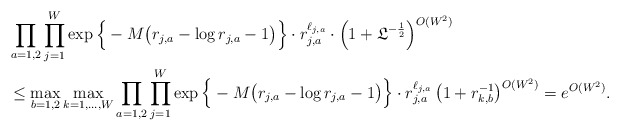
\begin{align*}&\prod_{a=1,2}\prod_{j=1}^W\exp\Big\{-M\big(r_{j,a}-\log r_{j,a}-1\big)\Big\}\cdot r_{j,a}^{\ell_{j,a}}\cdot \Big(1+\mathfrak{L}^{-\frac12}\Big)^{O(W^2)}\\&\leq \max_{b=1,2}\max_{k=1,\ldots,W}\prod_{a=1,2} \prod_{j=1}^W\exp\Big\{-M\big(r_{j,a}-\log r_{j,a}-1\big)\Big\}\cdot r_{j,a}^{\ell_{j,a}} \left(1+r_{k,b}^{-1}\right)^{O(W^2)} =e^{O(W^2)}.\end{align*}